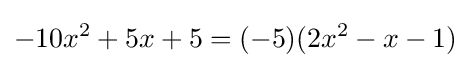
-10x^{2}+5x+5=(-5)(2x^{2}-x-1)